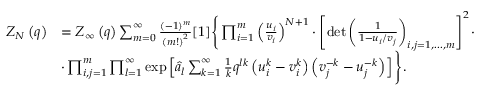
\begin{array} { r l } { Z _ { N } \left( q \right) } & { = Z _ { \infty } \left( q \right) \sum _ { m = 0 } ^ { \infty } \frac { ( - 1 ) ^ { m } } { \left( m ! \right) ^ { 2 } } [ 1 ] \Bigg \{ \prod _ { i = 1 } ^ { m } \left( \frac { u _ { i } } { v _ { i } } \right) ^ { N + 1 } \cdot \left[ \operatorname* { d e t } \left( \frac { 1 } { 1 - u _ { i } / v _ { j } } \right) _ { i , j = 1 , \dots , m } \right] ^ { 2 } \cdot } \\ & { \cdot \prod _ { i , j = 1 } ^ { m } \prod _ { l = 1 } ^ { \infty } \exp \left[ \hat { a } _ { l } \sum _ { k = 1 } ^ { \infty } \frac { 1 } { k } q ^ { l k } \left( u _ { i } ^ { k } - v _ { i } ^ { k } \right) \left( v _ { j } ^ { - k } - u _ { j } ^ { - k } \right) \right] \Bigg \} . } \end{array}